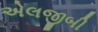
એલજીબી